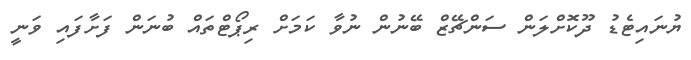
ޔުނައިޓެޑު ދޫކޮށްލަން ސަންޗޭޒް ބޭނުން ނުވާ ކަމަށް ރިޕޯޓްތައް ބުނަން ފަށާފައި ވަނީ